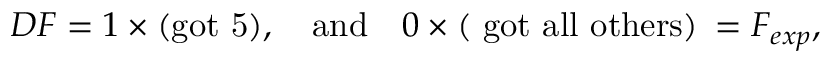
{ \cal D } F = 1 \times \mathrm { ( g o t ~ 5 ) } , \quad \mathrm { a n d } \quad 0 \times \mathrm { ( ~ g o t ~ a l l ~ o t h e r s ) } \: = F _ { e x p } ,